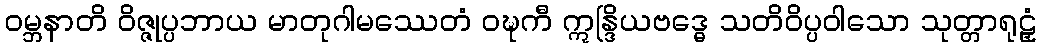
ဝမ္ဘနာတိ ဝိဇ္ဇုပ္ပဘာယ မာတုဂါမဿေတံ ဝဍ္ဎကီ ဣန္ဒြိယဗဒ္ဓေ သတိဝိပ္ပဝါသော သုတ္တာရုဠှံ